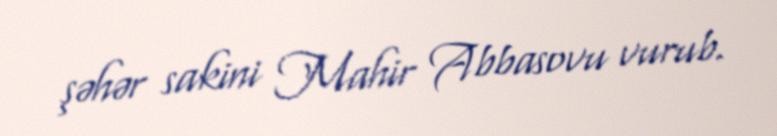
şəhər sakini Mahir Abbasovu vurub.